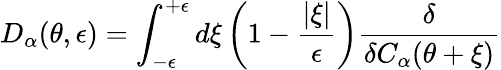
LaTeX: D_{\alpha}(\theta,\epsilon)=\int_{-\epsilon}^{+\epsilon}d\xi\left(1-\frac{|\xi|}{\epsilon}\right)\frac{\delta}{\delta C_{\alpha}(\theta+\xi)}